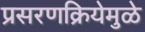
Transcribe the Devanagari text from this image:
प्रसरणक्रियेमुळे